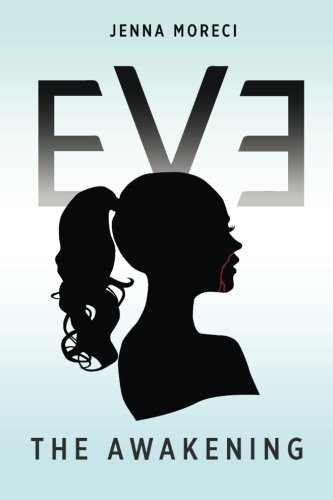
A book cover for Eve: The Awakening; Jenna Moreci; Science Fiction & Fantasy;